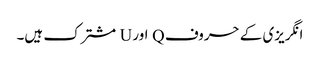
انگریزی کے حروف Q اور U مشترک ہیں۔